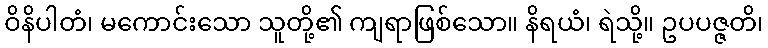
ဝိနိပါတံ၊ မကောင်းသော သူတို့၏ ကျရာဖြစ်သော။ နိရယံ၊ ရဲသို့။ ဥပပဇ္ဇတိ၊